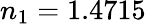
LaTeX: n_{1}=1.4715